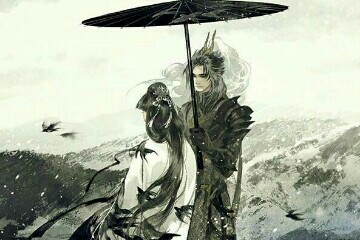
山有扶苏，隰有荷华。